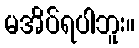
မအိပ်ရပါဘူး။